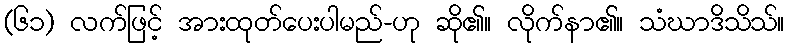
(၆၁) လက်ဖြင့် အားထုတ်ပေးပါမည်-ဟု ဆို၏။ လိုက်နာ၏။ သံဃာဒိသိသ်။